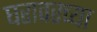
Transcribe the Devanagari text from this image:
घरावरच्या